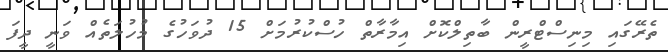
ތެރޭގައި މިނިސްޓްރީން ބާތިލްކޮށް އިމާރާތް ހުސްކުރުމަށް 15 ދުވަހުގެ މުހުލަތެއް ވަނީ ދީފަ